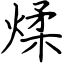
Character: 煣